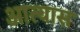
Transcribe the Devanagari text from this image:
आत्यास